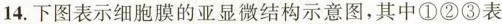
14.下图表示细胞膜的亚显微结构示意图，其中①②③表